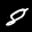
Label: 8